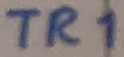
Text: TR1